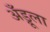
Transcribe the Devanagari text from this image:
अँड्रूला